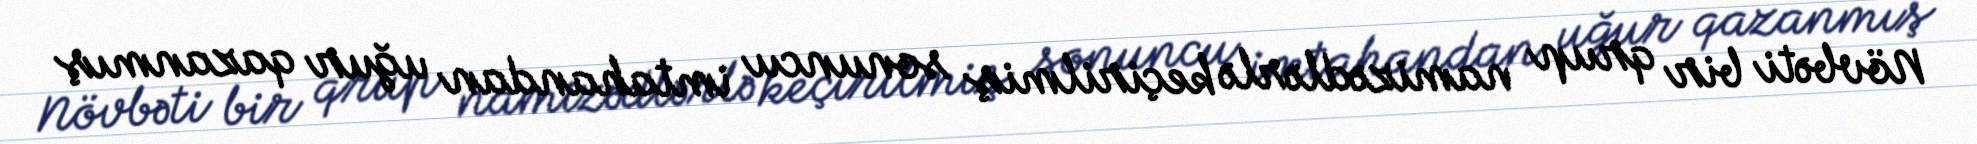
Növbəti bir qrup namizədlərlə keçirilmiş sonuncu imtahandan uğur qazanmış